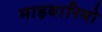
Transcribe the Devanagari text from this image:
माड़वारियो